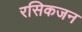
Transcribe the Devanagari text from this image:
रसिकजन